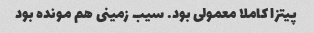
پیتزا کاملا معمولی بود. سیب زمینی هم مونده بود